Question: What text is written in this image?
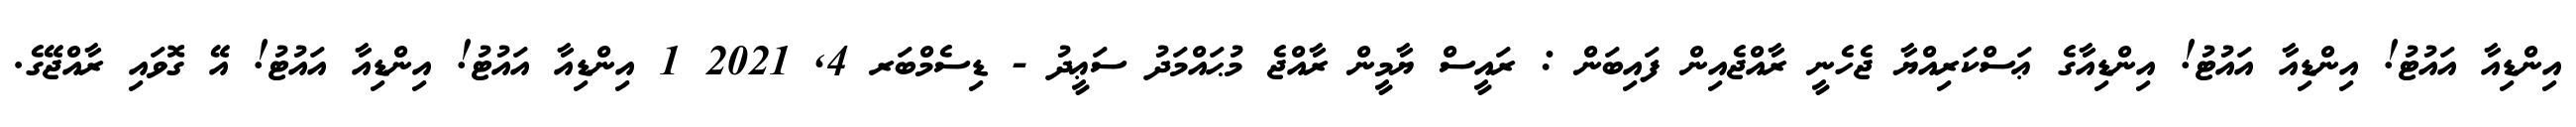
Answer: އިންޑިއާ އައުޓު! އިންޑިއާ އައުޓު! އިންޑިއާގެ ޢަސްކަރިއްޔާ ޖެހެނީ ރާއްޖެއިން ފައިބަން : ރައީސް ޔާމީން ރާއްޖެ މުޙައްމަދު ސަޢީދު - ޑިސެމްބަރ 4, 2021 1 އިންޑިއާ އައުޓު! އިންޑިއާ އައުޓު! އޭ ގޮވައި ރާއްޖޭގެ.